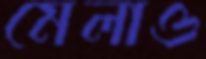
মেলাও